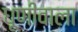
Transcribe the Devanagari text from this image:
धूणीवाला